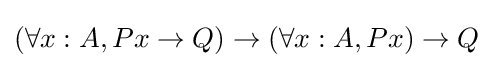
(\forall x:A,Px\to Q)\to (\forall x:A,Px)\to Q